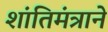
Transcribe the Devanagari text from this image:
शांतिमंत्राने